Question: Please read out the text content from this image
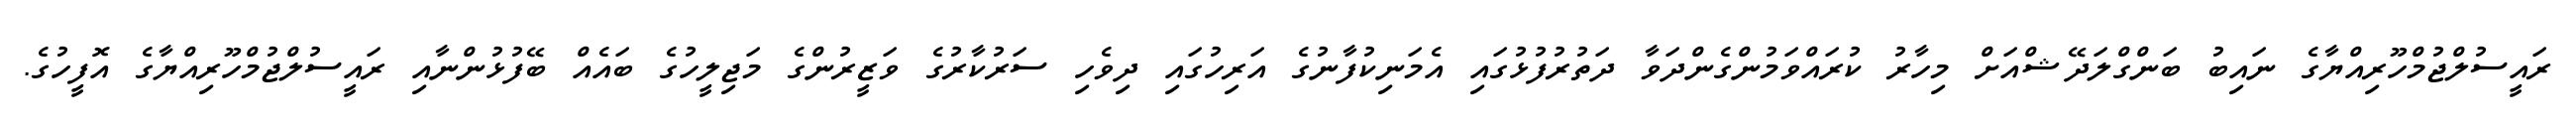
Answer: ރައީސުލްޖުމްހޫރިއްޔާގެ ނައިބު ބަންގްލަދޭޝްއަށް މިހާރު ކުރައްވަމުންގެންދަވާ ދަތުރުފުޅުގައި އެމަނިކުފާނުގެ އަރިހުގައި ދިވެހި ސަރުކާރުގެ ވަޒީރުންގެ މަޖިލީހުގެ ބައެއް ބޭފުޅުންނާއި ރައީސުލްޖުމްހޫރިއްޔާގެ އޮފީހުގެ.